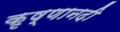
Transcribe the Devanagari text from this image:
कृष्णानदी